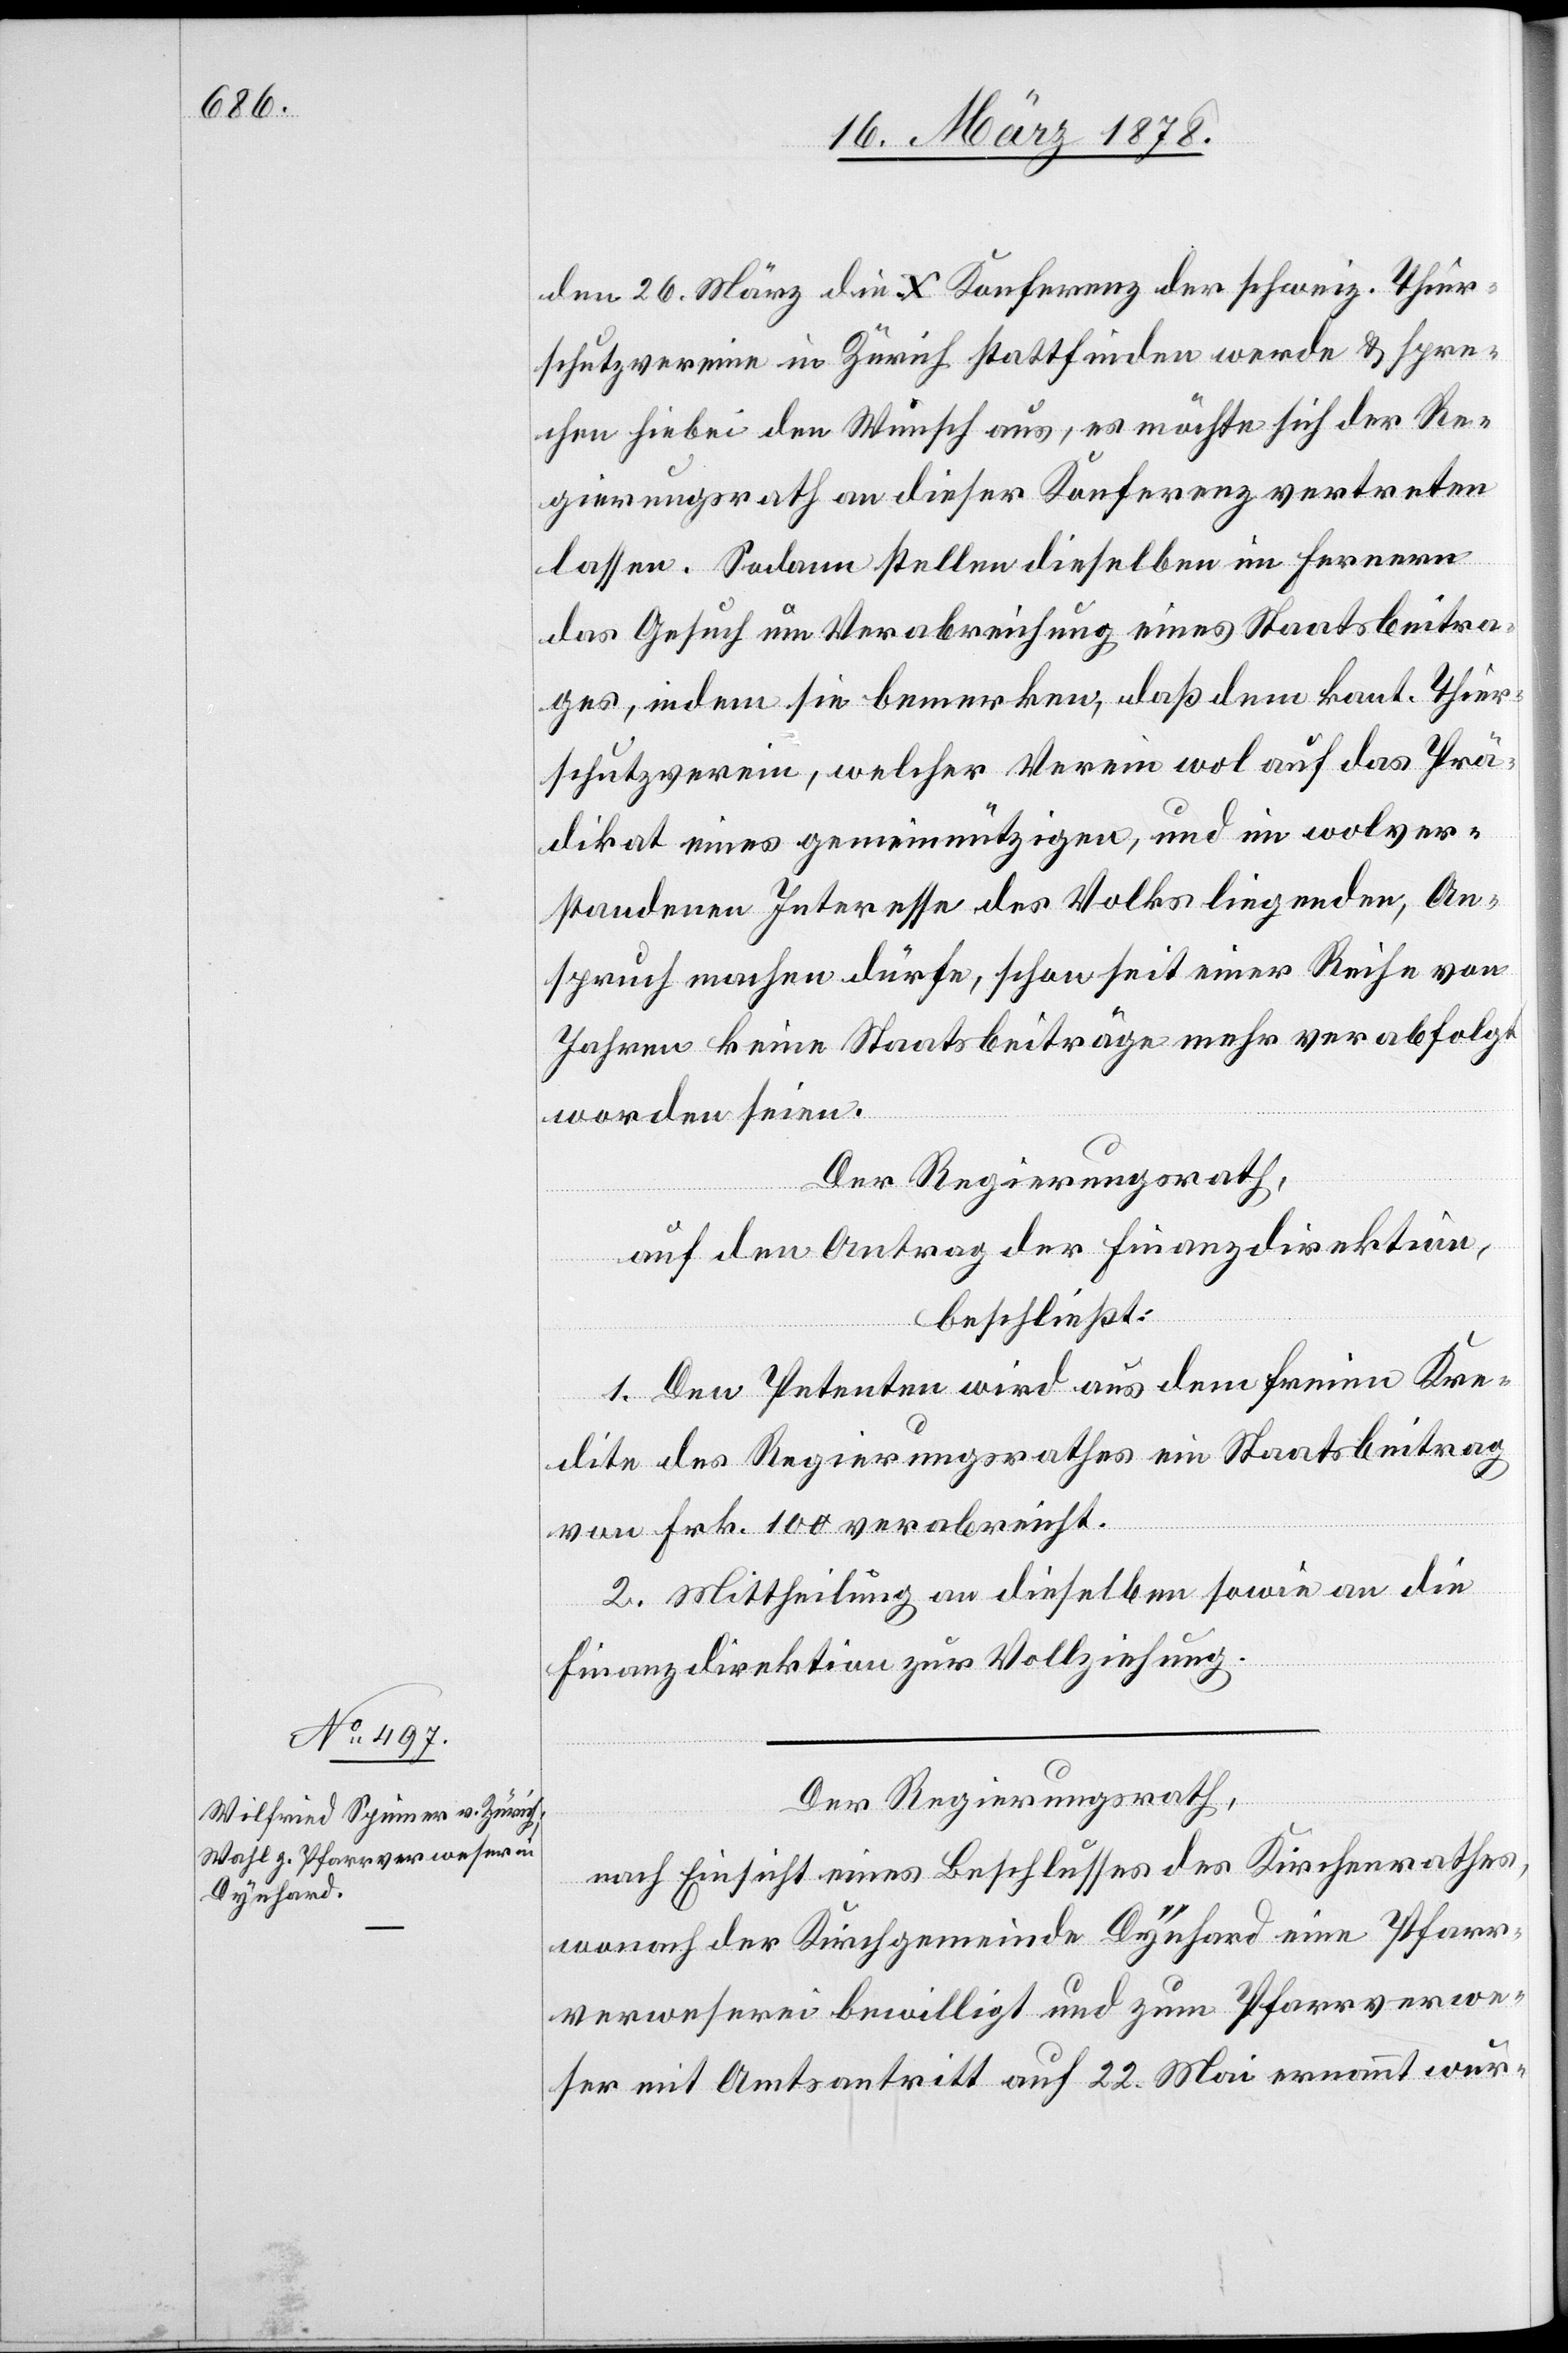
den 26. März die X. Konferenz der schweiz. Thier¬
schutzvereine in Zürich stattfinden werde & spre¬
chen hiebei den Wunsch aus, es möchte sich der Re¬
gierungsrath an dieser Konferenz vertreten
lassen. Sodann stellen dieselben im fernern
das Gesuch um Verabreichung eines Staatsbeitra¬
ges, indem sie bemerken, daß dem kant. Thier¬
schutzverein, welcher Verein wol auf das Prä¬
dikat eines gemeinnützigen, und im wolver¬
standenen Interesse des Volks liegenden, An¬
spruch machen dürfe, schon seit einer Reihe von
Jahren keine Staatsbeiträge mehr verabfolgt
worden seien.
Der Regierungsrath,
auf den Antrag der Finanzdirektion,
beschließt:
1. Den Petenten wird aus dem freien Kre¬
dite des Regierungsrathes ein Staatsbeitrag
von Frk. 100 verabreicht.
2. Mittheilung an dieselben sowie an die
Finanzdirektion zur Vollziehung.
Der Regierungsrath,
nach Einsicht eines Beschlusses des Kirchenrathes,
wonach der Kirchgemeinde Dynhard eine Pfarr¬
verweserei bewilligt und zum Pfarrverwe¬
ser mit Amtsantritt auf 22. Mai ernannt wur-